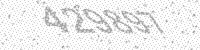
Solution: 429897